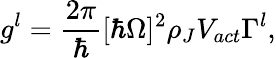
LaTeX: g^{l}=\frac{2\pi}{\hbar}[\hbar\Omega]^{2}\rho_{J}V_{act}\Gamma^{l},